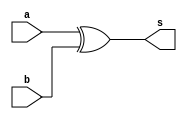
// -- Exemplo0036 - versao 2.0 -----------------------
// -- Ana Carolina Conceio de Jesus ---
// -- Matricula 449517 ------------------

module Comparador (output s, input a, input b);
        xor XOR1 (s,a,b) ;
endmodule

module teste;

	reg a,b;
	wire s;
	
	Comparador teste (s,a,b);
	
	initial begin : main
	
	      $display("Exemplo0036 - Ana Carolina - 449517");
	      $display("\nComaparador test versao 2");

              a = 0; b = 0;
              $display(" 0 - bits so iguais 1 - bits diferentes");
		
  #1 $monitor(" entradas  %b %b saida = %b",a,b,s);
  #1 a = 0; b = 1;
  #1 a = 1; b = 0;
  #1 a = 1; b = 1;
		
end

endmodule